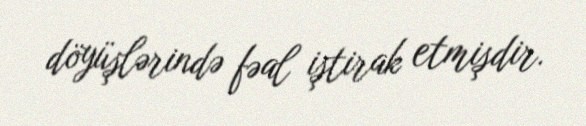
döyüşlərində fəal iştirak etmişdir.